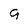
Character: 9